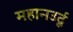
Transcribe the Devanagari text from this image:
महानउर्दू